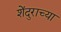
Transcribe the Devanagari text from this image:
शेंदुराच्या